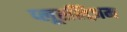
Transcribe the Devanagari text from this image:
प्लूरलिज़म